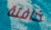
خافتة